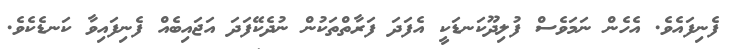
ފެނިފައެވެ. އެހެން ނަމަވެސް ފުލިދޫކަނޑަކީ އެފަދަ ފަރާތްތަކުން ނުދެކޭފަދަ އަޖައިބެއް ފެނިފައިވާ ކަނޑެކެވެ.